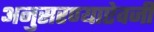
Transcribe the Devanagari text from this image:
अनुसरण्‍याऐवजी